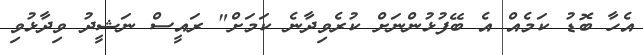
އެހާ ބޮޑު ކަމެއް އެ ބޭފުޅުންނަށް ކުރެވިދާނެ ކަމަށް" ރައީސް ނަޝީދު ވިދާޅުވި